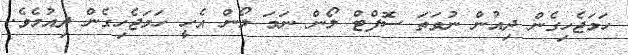
ހަމަޖެހިގެން ދިއުން ނުވަތަ ސޮފްޓް ލޯން ނަމަ ލޯން އެހީ ހަމަޖެހިގެން ދިއުމެވެ.